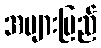
အများပြည်